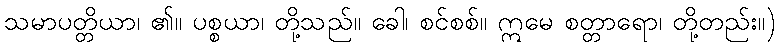
သမာပတ္တိယာ၊ ၏။ ပစ္စယာ၊ တို့သည်။ ခေါ၊ စင်စစ်။ ဣမေ စတ္တာရော၊ တို့တည်း။)